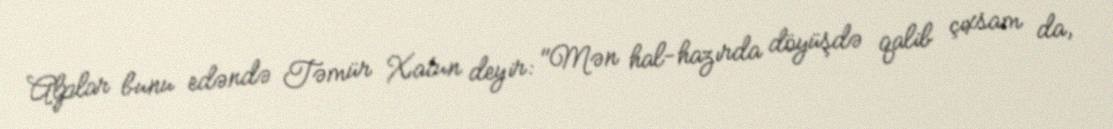
Alplar bunu edəndə Təmür Xatun deyir: "Mən hal-hazırda döyüşdə qalib çıxsam da,